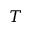
T